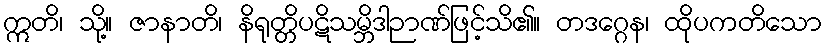
ဣတိ၊ သို့။ ဇာနာတိ၊ နိရုတ္တိပဋိသမ္ဘိဒါဉာဏ်ဖြင့်သိ၏။ တဒဂ္ဂေန၊ ထိုပကတိသော